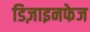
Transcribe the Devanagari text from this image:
डिज़ाइनफेज